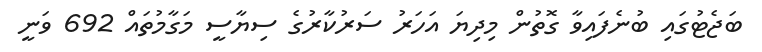
ބަޖެޓުގައި ބުނެފައިވާ ގޮތުން މިދިޔަ އަހަރު ސަރުކާރުގެ ސިޔާސީ މަގާމުތައް 692 ވަނީ